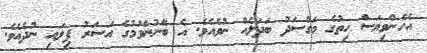
އެހެންވިޔަސް ހިތުގެ މަގްސަދު ބަދަލެއް ނުވެއެވެ. އެ ބޭނުންވުމުގެ އަސަރު ފިލައި ނުދެއެވެ.